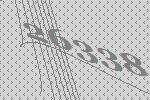
26338